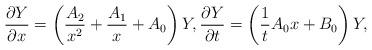
LaTeX: \begin{gather*}\frac{\partial Y}{\partial x} =\left(\frac{A_2}{x^2}+\frac{A_1}{x}+A_0\right)Y ,\frac{\partial Y}{\partial t} =\left( \frac{1}{t}A_0 x+B_0 \right)Y,\end{gather*}